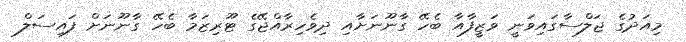
މިއަދުގެ ޖަލްސާގައިވަނީ ވަޒީފާއާ ބެހޭ ގާނޫނަށާއި ދިވެހިރާއްޖޭގެ ޓޫރިޒަމާ ބެހޭ ގާނޫނަށް ފައިސަލް